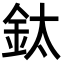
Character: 鈦